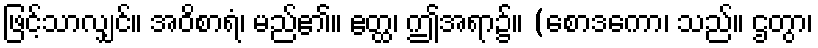
ဖြင့်သာလျှင်။ အဝိစာရံ၊ မည်၏။ ဧတ္ထ၊ ဤအရာ၌။ (စောဒကော၊ သည်။ ဌတွာ၊